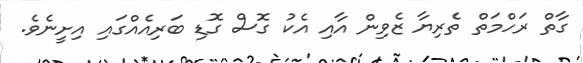
ގާާތް ރަހްމަތް ތެރިޔާ ޒެވިން އާއި އެކު ގޮސް ގޮޑި ބަރިއެއްގައި އިށީނެވެ.